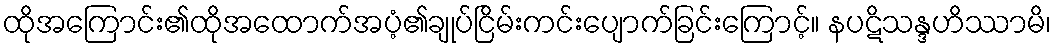
ထိုအကြောင်း၏ထိုအထောက်အပံ့၏ချုပ်ငြိမ်းကင်းပျောက်ခြင်းကြောင့်။ နပဋိသန္ဒဟိဿာမိ၊